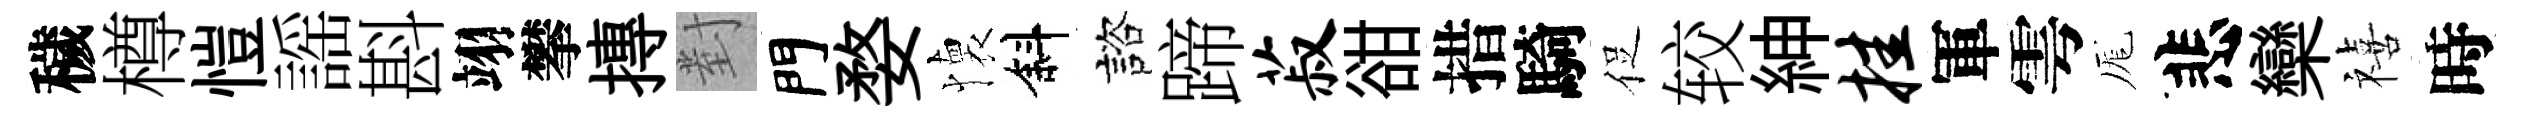
穢樽愷謡斟翊攀摶對門婺懐斜諮蹄菽𧮳措騎促较紳挂軍雩厖悲欒禧時